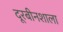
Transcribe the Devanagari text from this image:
दूरबीनशाला